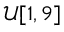
\mathcal { U } [ 1 , 9 ]